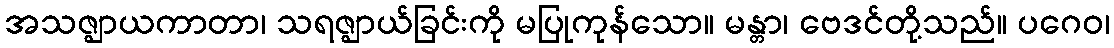
အသဇ္ဈာယကာတာ၊ သရဇ္ဈာယ်ခြင်းကို မပြုကုန်သော။ မန္တာ၊ ဗေဒင်တို့သည်။ ပဂေဝ၊